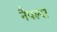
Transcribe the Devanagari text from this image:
नैपल्स